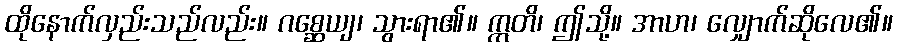
ထိုနောက်လှည်းသည်လည်း။ ဂစ္ဆေယျ၊ သွားရာ၏။ ဣတိ၊ ဤသို့။ အာဟ၊ လျှောက်ဆိုလေ၏။